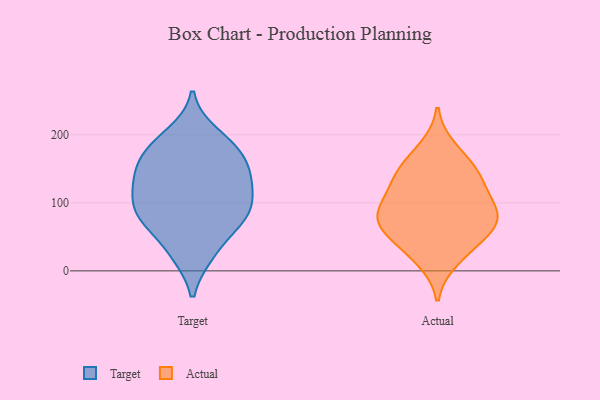
{"axis": {"x": "Population (Million)", "y": "Value"}, "legend": ["Actual", "Target"], "data": [{"x": "", "y": 100, "type": "Target"}, {"x": "", "y": 200, "type": "Target"}, {"x": "", "y": 172, "type": "Target"}, {"x": "", "y": 133, "type": "Target"}, {"x": "", "y": 76, "type": "Target"}, {"x": "", "y": 158, "type": "Target"}, {"x": "", "y": 89, "type": "Target"}, {"x": "", "y": 85, "type": "Target"}, {"x": "", "y": 26, "type": "Target"}, {"x": "", "y": 132, "type": "Target"}, {"x": "", "y": 131, "type": "Target"}, {"x": "", "y": 137, "type": "Target"}, {"x": "", "y": 26, "type": "Target"}, {"x": "", "y": 85, "type": "Target"}, {"x": "", "y": 70, "type": "Target"}, {"x": "", "y": 182, "type": "Target"}, {"x": "", "y": 182, "type": "Target"}, {"x": "", "y": 34, "type": "Actual"}, {"x": "", "y": 113, "type": "Actual"}, {"x": "", "y": 180, "type": "Actual"}, {"x": "", "y": 148, "type": "Actual"}, {"x": "", "y": 49, "type": "Actual"}, {"x": "", "y": 75, "type": "Actual"}, {"x": "", "y": 72, "type": "Actual"}, {"x": "", "y": 87, "type": "Actual"}, {"x": "", "y": 150, "type": "Actual"}, {"x": "", "y": 112, "type": "Actual"}, {"x": "", "y": 73, "type": "Actual"}, {"x": "", "y": 138, "type": "Actual"}, {"x": "", "y": 77, "type": "Actual"}, {"x": "", "y": 16, "type": "Actual"}]}